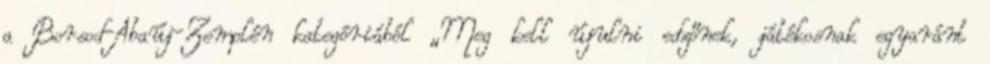
a Borsod-Abaúj-Zemplén kategóriából „Meg kell újulni edzőnek, játékosnak egyaránt